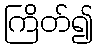
ကြိတ်၍